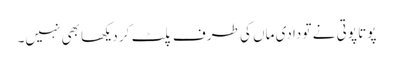
پوتا پوتی نے تو دادی ماں کی طرف پلٹ کر دیکھا بھی نہیں۔